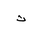
Letter: _tha